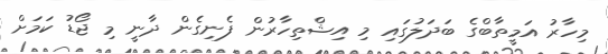
މިހާރު އަމީތާބްގެ ބަދަލުގައި މި އިޝްތިހާރުން ފެނިގެން ދާނީ މި ޖޯޑު ކަމަށް